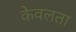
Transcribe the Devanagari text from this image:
केवलता